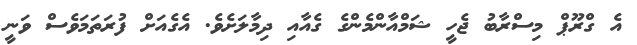
އެ ގްރޫޕް މިސްރާބު ޖެހީ ޝަމްއާންމެންގެ ގެއާއި ދިމާލަށެވެ. އެގެއަށް ފުރަތަމަވެސް ވަނީ